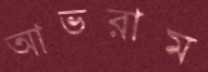
আভরাম